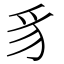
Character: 豸